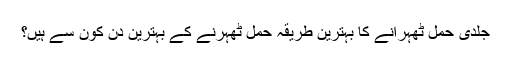
جلدی حمل ٹھہرانے کا بہترین طریقہ حمل ٹھہرنے کے بہترین دن کون سے ہیں؟